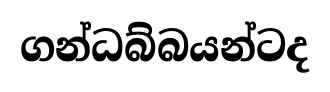
ගන්ධබ්බයන්ටද